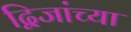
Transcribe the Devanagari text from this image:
द्विजांच्या